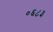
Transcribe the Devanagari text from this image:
०६८३